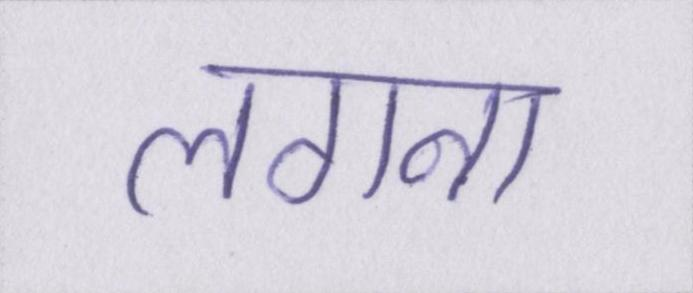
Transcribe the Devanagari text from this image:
लगना